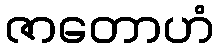
ဇာတောဟံ